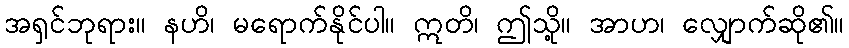
အရှင်ဘုရား။ နဟိ၊ မရောက်နိုင်ပါ။ ဣတိ၊ ဤသို့။ အာဟ၊ လျှောက်ဆို၏။